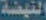
النهضة